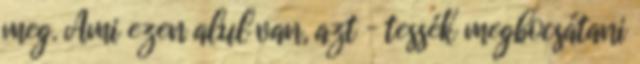
meg. Ami ezen alul van, azt – tessék megbocsátani